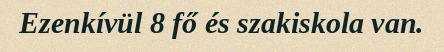
Ezenkívül 8 fő és szakiskola van.